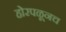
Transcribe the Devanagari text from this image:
होरपळूनच